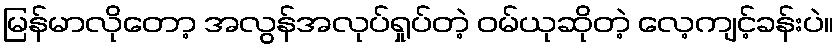
မြန်မာလိုတော့ အလွန်အလုပ်ရှုပ်တဲ့ ဝမ်ယုဆိုတဲ့ လေ့ကျင့်ခန်းပဲ။